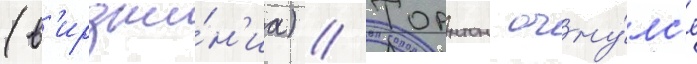
(в'ирджи́н'иа) // Торнтон очну́лс'я